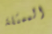
الممثلة